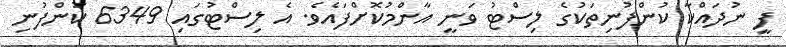
ފީ ނުދައްކާ ކުންފުނިތަކުގެ ލިސްޓު ވަނީ އާންމުކޮށްފައެވެ. އެ ލިސްޓުގައި 6349 ކުންފުނި